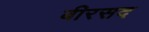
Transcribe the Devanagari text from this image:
बीरसद